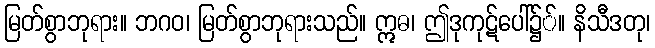
မြတ်စွာဘုရား။ ဘဂဝ၊ မြတ်စွာဘုရားသည်။ ဣဓ၊ ဤဒုကုဋ်ပေါ်၌်။ နိသီဒတု၊